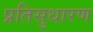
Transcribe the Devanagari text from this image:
प्रतिसुधारण